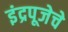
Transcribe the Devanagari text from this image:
इंद्रपूजेचे